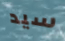
سيد